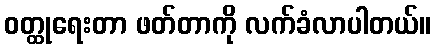
ဝတ္ထုရေးတာ ဖတ်တာကို လက်ခံလာပါတယ်။